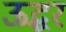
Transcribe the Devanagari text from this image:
ऊद्धर